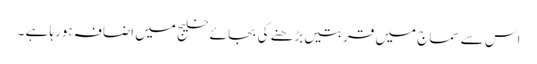
اس سے سماج میں قربتیں بڑھنے کی بجائے خلیج میں اضافہ ہورہا ہے ۔